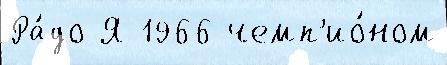
Ра́до Я 1966 чемп'ио́ном